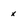
Character: x